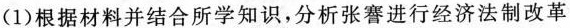
（1）根据材料并结合所学知识，分析张謇进行经济法制改革